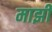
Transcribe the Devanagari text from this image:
माझीं